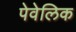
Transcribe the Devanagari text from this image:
पेवेलिक